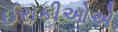
ઈરાકીઓએ